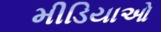
મીડિયાઓ